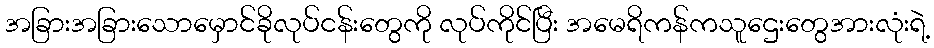
အခြားအခြားသောမှောင်ခိုလုပ်ငန်းတွေကို လုပ်ကိုင်ပြီး အမေရိကန်ကသူဌေးတွေအားလုံးရဲ့